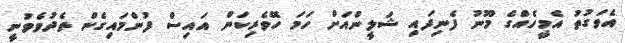
އެވަގުތު އެމީހެއްގެ މޫނު ފެނިފައި ޝަލީންއަށް ހަމަ ހޭވެރިކަން އައިސް ފުންމައިގެން ތެދުވެވުނީ